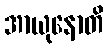
အာယုနောတိ